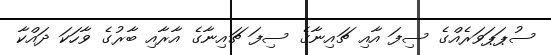
ސުޕަޕަވަރެއްގެ ސިފަ އާއި ޗައިނާގެ ސިފަ ޗައިނާގެ އާރާއި ބާރުގެ ވާހަކަ ދައްކާ